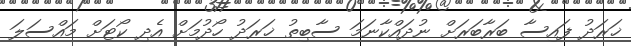
ޚަރަދު ފައިސާ ބަރާބަރަށް ނުދައްކާނަމަ ސާބިތު ޚަރަދު ހޯދުމަށް އެދި ކޯޓަށް މައްސަލަ